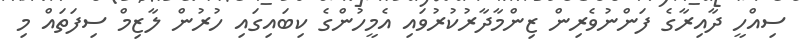
ސިއްހީ ދާއިރާގެ ފަންނުވެރިން ޒިންމާދާރުކުރުވައި އެމީހުންގެ ކިބައިގައި ހުރުން ލާޒިމް ސިފަތައް މި